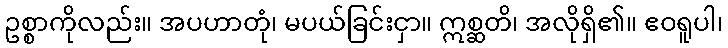
ဥစ္စာကိုလည်း။ အပဟာတုံ၊ မပယ်ခြင်းငှာ။ ဣစ္ဆတိ၊ အလိုရှိ၏။ ဧဝရူပါ၊